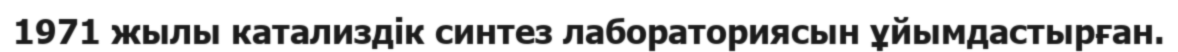
1971 жылы катализдік синтез лабораториясын ұйымдастырған.